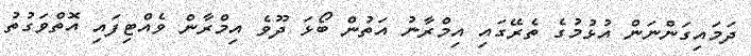
ދަމައިގަންނަން އުޅުމުގެ ތެރޭގައި އިމްރާނު އަތުން ބޯޅަ ދޫވެ އިމްރާން ވެއްޓިފައި އޮތްވަގުތު